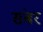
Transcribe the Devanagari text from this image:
संबर